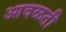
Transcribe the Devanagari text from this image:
आदळती